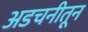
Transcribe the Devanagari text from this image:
अडचनीतून